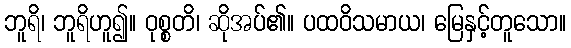
ဘူရိ၊ ဘူရိဟူ၍။ ဝုစ္စတိ၊ ဆိုအပ်၏။ ပထဝိသမာယ၊ မြေနှင့်တူသော။